Report on vaccination North-West Frontier Province 1904-1922 - 1904-1922
Year: 1904
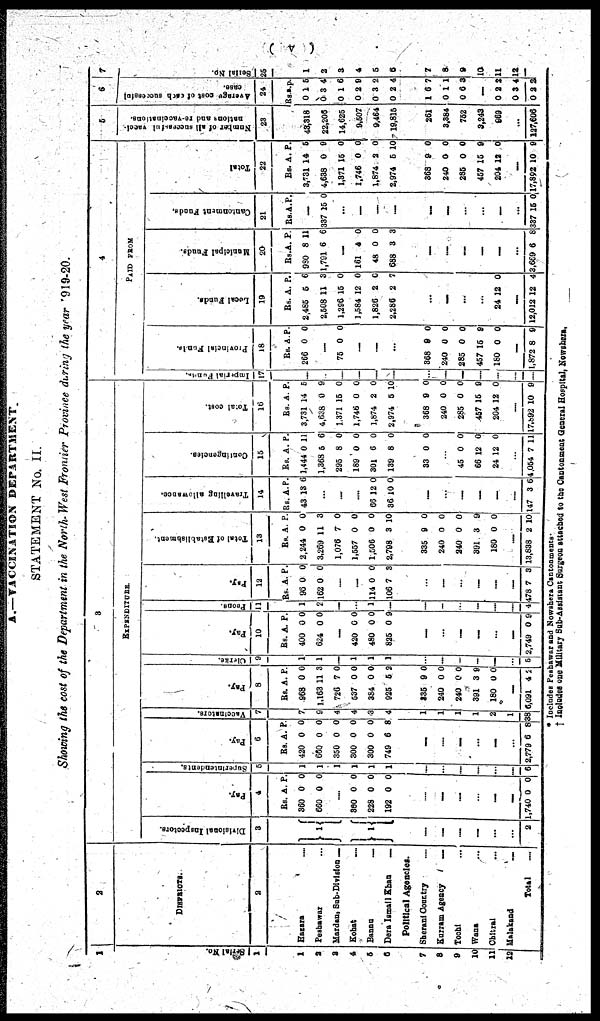
( v )
A.—VACCINATION DEPARTMENT.
STATEMENT No. II.
Showing the cost of the Department in the North-West Frontier Province during the year 1919-20.
1
Serial No.
1
1
2
3
4
5
6
7
8
9
10
11
12
2
DISTRICTS.
2
Hazara
...
Peshawar ...
Mardan, Sub-Division ...
Kohat ...
Bannu
...
Dera Ismail Khan
...
Political Agencies.
Sherani Country
...
Kurram Agency
...
Tochi ...
Wana ...
Chitral ...
Malakand ...
Total ...
3
EXPENDITURE.
Divisional Inspectors.
3
1
1
...
...
...
...
...
...
...
2
Pay.
4
Rs.
360
660
A.
0
0
P.
0
0
...
360
228
192
0
0
0
0
0
0
...
...
...
...
...
...
...
1,740 0 0
Superintendents.
5
1
1
1
1
1
1
...
...
...
...
...
...
...
6
Pay.
6
Rs.
420
660
350
300
800
749
A.
0
0
0
0
0
6
P.
0
0
0
0
0
8
...
...
...
...
...
...
...
2,779 6 8
Vaccinators.
7
7
9
4
4
3
4
...
1
1
1
1
2
1
38
Pay.
8
Rs.
968
1,163
726
537
384
925
A.
0
11
7
0
0
5
P.
0
3
0
0
0
2
...
335
240
240
391
180
9
0
0
3
0
0
0
0
9
0
...
6,091 4 2
Clerks.
9
1
1
...
1
1
1
...
...
...
...
...
...
...
5
Pay.
10
Rs.
400
624
A.
0
0
P.
0
0
...
420
480
825
0
0
0
0
0
9
...
...
...
...
...
...
...
2,749 0 9
Peons.
11
1
2
...
...
1
...
...
...
...
...
...
...
...
4
Pay.
12
Rs.
96
162
A.
0
0
P.
0
0
...
...
114
106
0
7
0
8
...
...
...
...
...
...
...
478 7 3
Total of Establishment.
13
Rs.
2,244
3,269
1,076
1,557
1,506
2,798
A.
0
11
7
0
0
3
P.
0
3
0
0
0
10
...
335
240
240
391
180
9
0
0
3
0
0
0
0
9
0
...
13,838 2 10
Travelling allowance.
14
Rs.
43
A.
13
P.
6
...
...
...
66
36
12
10
0
0
...
...
...
...
...
...
...
147 3 6
Contingencies.
15
Rs.
1,444
1,368
295
189
301
139
A.
0
5
8
0
6
8
P.
11
6
0
0
0
0
...
33 0 0
...
45
66
24
0
12
12
0
0
0
...
4,054 7 11
Total cost.
16
Rs.
3,731
4,638
1,371
1,746
1,874
2,974
A.
14
0
15
0
2
5
P.
5
9
0
0
0
10
...
368
240
285
457
204
9
0
0
15
12
0
0
0
9
0
...
17,892 10 9
4
PAID FROM
Imperial Funds.
17
...
...
...
...
...
...
...
...
...
...
...
...
...
...
Provincial Funds.
18
Rs.
266
A.
0
P.
0
...
75 0 0
...
...
...
...
368
240
285
457
180
9
0
0
15
0
0
0
0
9
0
...
1,872 8 9
Local Funds.
19
Rs.
2,485
2,508
1,296
1,584
1,826
2,286
A.
5
11
15
12
2
2
P.
6
3
0
0
0
7
...
...
...
...
...
24 12 0
...
12,012 12 4
Municipal Funds.
20
Rs.
980
1,791
A.
8
6
P.
11
6
...
161
48
688
4
0
3
0
0
3
...
...
...
...
...
...
...
3,669 6 8
Cantonment Funds.
21
Rs. A. P.
...
337 15 0
...
...
...
...
...
...
...
...
...
...
...
337 15 0
Total
22
Rs.
3,731
4,638
1,371
1,746
1,874
2,974
A.
14
0
15
0
2
5
P.
5
9
0
0
0
10
...
368
240
285
457
204
9
0
0
15
12
0
0
0
9
0
...
17,892 10 9
5
Number of all successful vacci-
nations and re-vaccinations.
23
43,318
22,206
14,625
9,507
9,464
19,815
...
261
3,384
752
3,243
969
...
127,606
6
Avarage cost of each successful
case.
24
Rs.
0
0
0
0
0
0
A.
1
3
1
2
3
2
P.
5
4
6
9
2
4
...
1
0
0
6
1
6
7
1
3
...
0
0
0
2
3
2
2
4
2
7
Serial No.
25
1
2
3
4
5
6
7
8
9
10
11
12
* Includes Peshawar and Nowshera Cantonments.
† Includes one Military Sub-Assistant Surgeon attached to the Cantonment General Hospital, Nowshera.